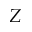
Z